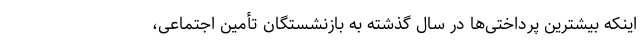
اینکه بیشترین پرداختی‌ها در سال گذشته به بازنشستگان تأمین اجتماعی،